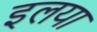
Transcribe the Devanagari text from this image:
इलया